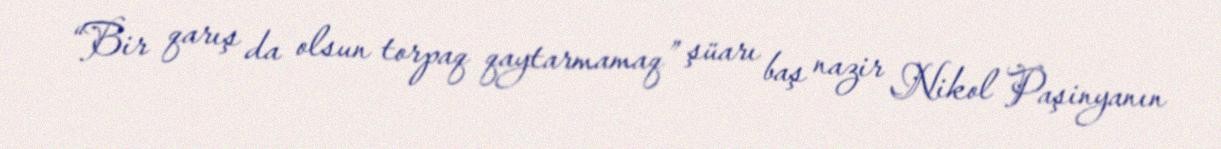
“Bir qarış da olsun torpaq qaytarmamaq” şüarı baş nazir Nikol Paşinyanın